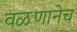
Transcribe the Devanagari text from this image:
वळणानेच